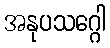
အနုပသဂ္ဂေါ